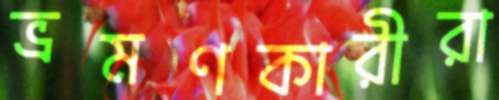
ভ্রমণকারীরা